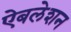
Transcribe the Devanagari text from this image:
ऐबलेशन